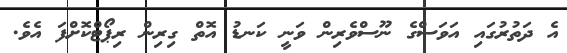
އެ ދަތުރުގައި އަވަސްގެ ނޫސްވެރިން ވަނީ ކަނޑު އޮތް ގިރިން ރިޕޯޓްކޮށްފަ އެވެ.